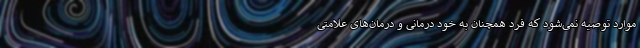
موارد توصیه نمی‌شود که فرد همچنان به خود درمانی و درمان‌های علامتی